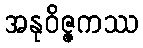
အနုဝိဇ္ဇကဿ